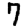
Digit: 7